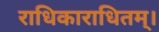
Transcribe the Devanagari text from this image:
राधिकाराधितम्।